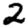
Digit: 2